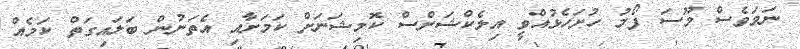
ނަމަވެސް މޫސަ ފޯމު ހުށަހެޅުއްވީ އިލެކްޝަންސް ކޮމިޝަނަށް ކަމަށާއި އެތަނުން ބަލައިގަތް ކަމެއް